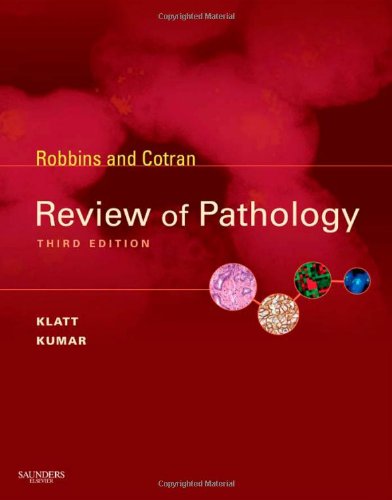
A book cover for Robbins and Cotran Review of Pathology, 3rd Edition; Edward C. Klatt MD; Medical Books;